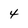
Character: 4